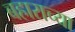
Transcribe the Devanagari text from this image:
बहाराच्या